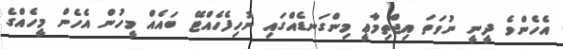
އެހެންވެ ދީނީ ނުވަތަ އިޖްތިމާޢީ މިންގަނޑެއްގައި ނުހިފެހެއްޓޭ ބައެއް މީހުން އެހެން މީހެއްގެ